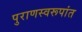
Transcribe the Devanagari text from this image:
पुराणस्वरूपांत